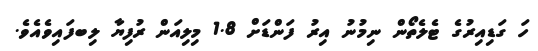
ހަ ގަޑިއިރުގެ ޓެލެތޯން ނިމުނު އިރު ފަންޑަށް 1.8 މިލިއަން ރުފިޔާ ލިބފައިވެއެވެ.